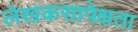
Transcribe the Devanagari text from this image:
लेखकसापेक्षता